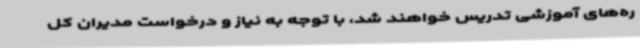
ره‌های آموزشی تدریس خواهند شد، با توجه به نیاز و درخواست مدیران کل